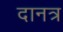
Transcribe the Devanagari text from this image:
दानत्र